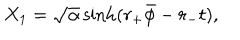
X _ { 1 } = \sqrt { \alpha } \sinh ( r _ { + } \bar { \phi } - r _ { - } t ) ,